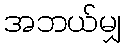
အဘယ်မျှ